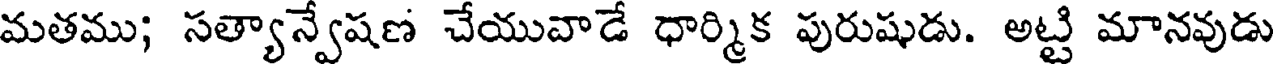
మతము; సత్యాన్వేషణ చేయువాడే ధార్మిక పురుషుడు. అట్టి మానవుడు